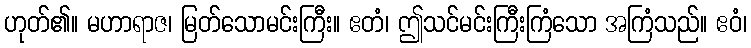
ဟုတ်၏။ မဟာရာဇ၊ မြတ်သောမင်းကြီး။ ဧတံ၊ ဤသင်မင်းကြီးကြံသော အကြံသည်။ ဧဝံ၊